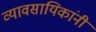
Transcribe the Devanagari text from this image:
व्यावसायिकांनी